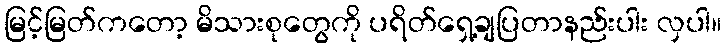
မြင့်မြတ်ကတော့ မိသားစုတွေကို ပရိတ်ရှေ့ချပြတာနည်းပါး လှပါ။